Annual report of the Punjab Veterinary College and of the Civil Veterinary Department, Punjab - 1894-1908
Year: 1894
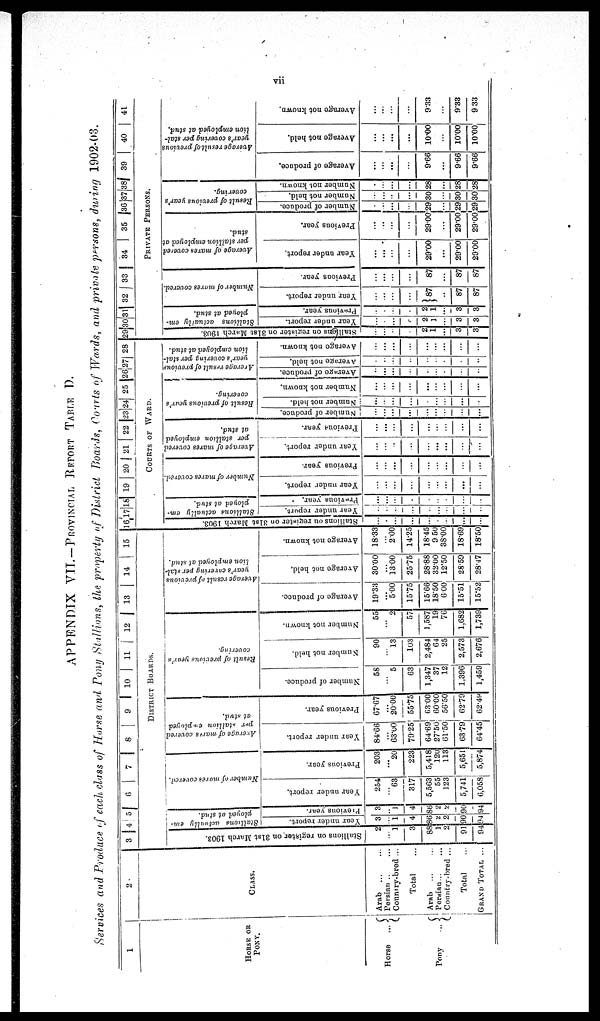
vii
APPENDIX VII.—PROVINCIAL REPORT TABLE D.
Services and Produce of each class of Horse and Pony Stallions, the property of District Boards, Courts of Wards, and private persons, during 1902-03.
1
HORSE OR
PONY.
Horse
...
Pony
...
2
CLASS.
Arab ... ...
Persian ... ...
Country-bred ...
Total
Arab ... ...
Persian ... ...
Country-bred ... ...
Total
...
GRAND TOTAL ...
3 4 5 6
7
8
9
10
11
12
13
14
15
DISTRICT
BOARDS.
Stallions on register on 31st March 1903.
2
...
1
3
88
1
2
91
94
Stallions actually em-
ployed at stud.
Year under report.
3
...
1
4
86
2
2
90
94
Previous year.
3
...
1
4
86
2
2
90
94
Number of mares covered.
year under report.
254
...
63
317
5,563
55
123
5,741
6,058
Previous year.
203
...
20
223
5,418
12U
113
5,651
5,874
Average of mares covered
per stallion employed
at stud.
Year under report.
84.66
...
63.00
79.25
64.69
27.50
61.50
63.79
64.45
Previous year.
67.67
...
2000
55.75
63.00
60.00
56.50
62.79
62.49
Result of previous year's
covering.
Number of produce.
58
...
5
63
1,347
37
12
1,396
1,459
Number not held.
90
...
13
103
2,484
64
25
2,573
2,676
Number not known.
55
...
2
57
1,587
19
76
1,682
1,739
Average result of previous
year's covering per stal-
lion employed at stud.
Average of produce.
19.33
...
5.00
15.75
15.66
18.50
6.00
15.51
15.52
Average not held.
30.00
...
13.00
25.75
28.88
32.00
12.50
28.59
28.47
Average not known.
18.33
...
2.00
14.25
18.45
9.50
38.00
18.69
18.50
16 17 18 19 20 21 22 23 24 25 26 27 28
COURTS OF WARD.
Stallions on register on 31st March 1903.
...
...
...
...
...
...
...
...
...
Stallions actually em-
ployed at stud.
Year under report.
...
...
...
...
...
...
...
...
...
Previous year.
...
...
...
...
...
...
...
...
...
Number of mares covered.
Year under report.
...
...
...
...
...
...
...
...
...
Previous year.
...
...
...
...
...
...
...
...
...
Average of mares covered
per stallion employed
at stud.
Year under report.
...
...
...
...
...
...
...
...
...
Previous year.
...
...
...
...
...
...
...
...
...
Result of previous year's
covering.
Number of produce.
...
...
...
...
...
...
...
...
...
Number not held.
...
...
...
...
...
...
...
...
...
Number not known.
...
...
...
...
...
...
...
...
...
Average
result of previous
year's covering per stal-
lion employed at stud.
Average of produce.
...
....
...
...
...
...
...
...
...
Average not held.
...
...
...
...
...
...
...
...
...
Average not known.
...
...
...
...
...
...
...
...
...
29 30 31 32 33 34 | 35 36 37 38 39
40 41
PRIVATE
PERSONS.
Stallions
on register on 31st March 1903.
...
...
...
...
2
1 ...
...
3
3
Stallions actually em-
ployed at stud.
Year under report.
...
...
...
...
2
1
...
3
3
Previous year.
...
...
...
...
2
1
...
3
3
Number of mares covered.
Year under report.
...
...
...
...
87
...
87
87
Previous year.
...
...
...
...
87
...
87
87
Average of mares covered
per stallion employed at
stud.
Year under report.
...
...
...
...
29.00
...
29.00
29.00
Previous year.
...
...
...
2900
...
29.00
29.00
Result of previous year's
covering.
Number of produce.
...
...
...
...
29
...
29
29
Number not held.
...
...
...
...
30
...
30
30
Number not known.
...
...
...
...
28
...
28
28
Average result of previous
year's covering per stal-
lion employed at stud.
Average of produce.
...
...
...
9.66
...
9.66
9.66
Average not held.
...
...
...
...
10.00
10.00
10.00
Average not known.
...
...
...
...
933
9.33
9 33